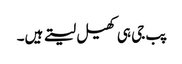
پب جی ہی کھیل لیتے ہیں۔